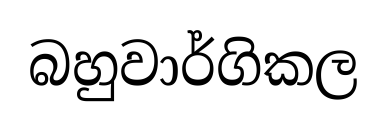
බහුවාර්ගිකල